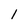
Character: 1